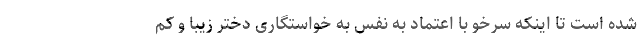
شده است تا اینکه سرخو با اعتماد به نفس به خواستگاری دختر زیبا و کم